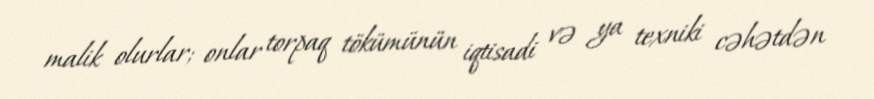
malik olurlar; onlar torpaq tökümünün iqtisadi və ya texniki cəhətdən